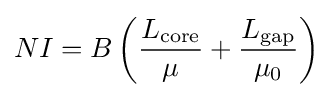
NI=B\left({\frac {L_{\mathrm {core} }}{\mu }}+{\frac {L_{\mathrm {gap} }}{\mu _{0}}}\right)